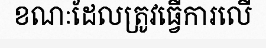
ខណៈដែលត្រូវធ្វើការលើ